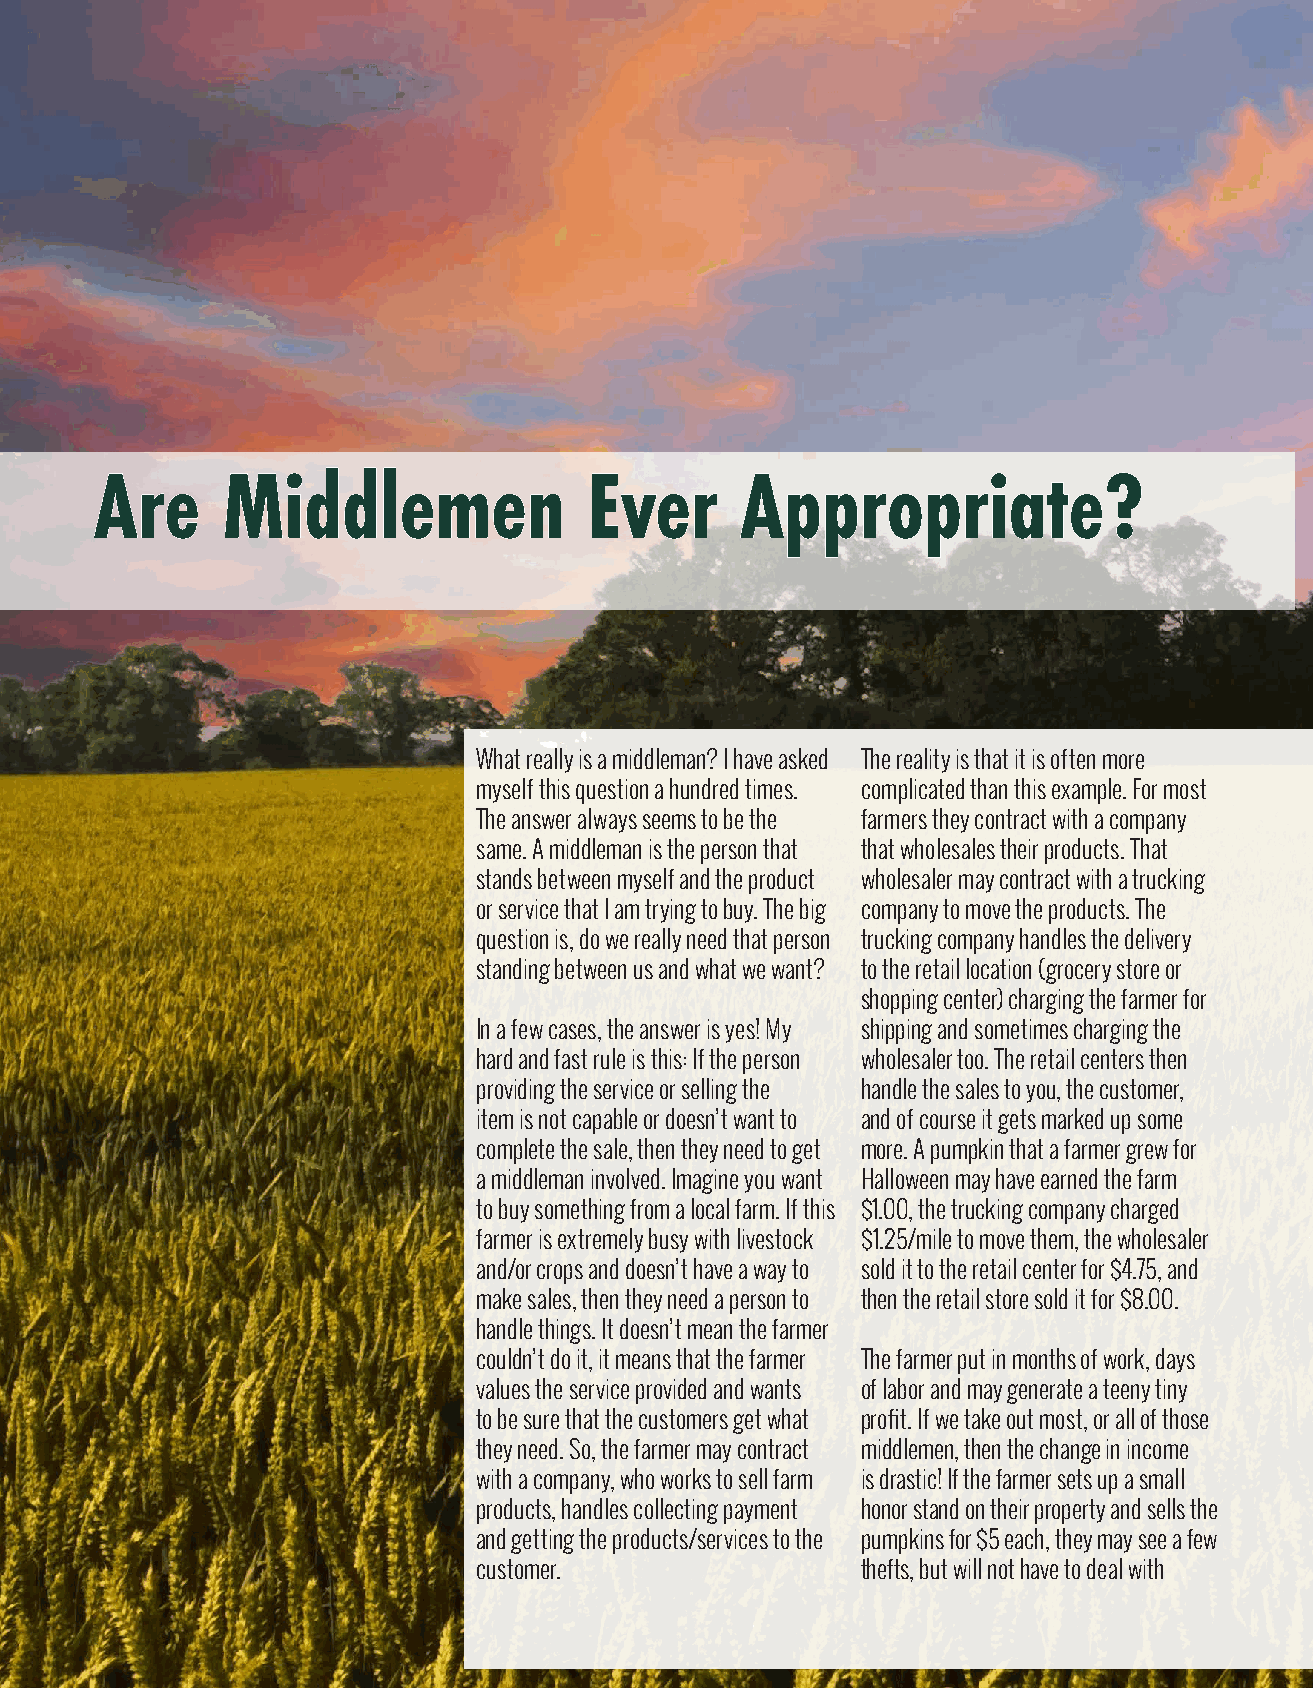
AArree   MMiiddddlleemmeenn      EEvveerr  AApppprroopprriiaattee??
 What really is a middleman? I have asked The reality is that it is often more
 myself this question a hundred times. complicated than this example. For most
 The answer always seems to be the farmers they contract with a company
 same. A middleman is the person that that wholesales their products. That
 stands between myself and the product wholesaler may contract with a trucking
 or service that I am trying to buy. The big company to move the products. The
 question is, do we really need that person trucking company handles the delivery
 standing between us and what we want? to the retail location (grocery store or
 shopping center) charging the farmer for
 In a few cases, the answer is yes! My shipping and sometimes charging the
 hard and fast rule is this: If the person wholesaler too. The retail centers then
 providing the service or selling the handle the sales to you, the customer,
 item is not capable or doesn’t want to and of course it gets marked up some
 complete the sale, then they need to get more. A pumpkin that a farmer grew for
 a middleman involved. Imagine you want Halloween may have earned the farm
 to buy something from a local farm. If this $1.00, the trucking company charged
 farmer is extremely busy with livestock $1.25/mile to move them, the wholesaler
 and/or crops and doesn’t have a way to sold it to the retail center for $4.75, and
 make sales, then they need a person to then the retail store sold it for $8.00.
 handle things. It doesn’t mean the farmer
 couldn’t do it, it means that the farmer The farmer put in months of work, days
 values the service provided and wants of labor and may generate a teeny tiny
 to be sure that the customers get what profit. If we take out most, or all of those
 they need. So, the farmer may contract middlemen, then the change in income
 with a company, who works to sell farm is drastic! If the farmer sets up a small
 products, handles collecting payment honor stand on their property and sells the
 and getting the products/services to the pumpkins for $5 each, they may see a few
 customer.                thefts, but will not have to deal with
 12 | 2021 VOLUME 7